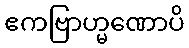
ဧကဗြာဟ္မဏောပိ